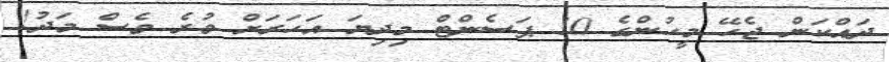
ދައްކަން ޖެހޭ މީހުންގެ 10 ޕަސެންޓް މިދިޔަ އަހަރަށް ވުރެ ވެސް މަދު!